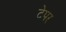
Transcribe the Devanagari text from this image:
टेपर